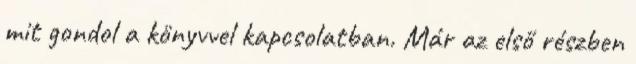
mit gondol a könyvvel kapcsolatban. Már az első részben